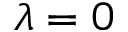
\lambda = 0